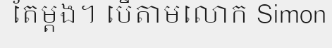
តែម្តង។ បើតាមលោក Simon